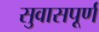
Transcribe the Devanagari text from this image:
सुवासपूर्ण